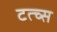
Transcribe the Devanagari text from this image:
टत्च्स